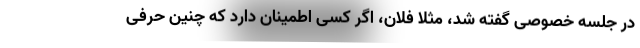
در جلسه خصوصی گفته شد، مثلاً فلان، اگر کسی اطمینان دارد که چنین حرفی